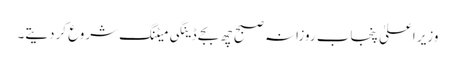
وزیر ِاعلیٰ پنجاب روزانہ صبح چھ بجے ڈینگی میٹنگ شروع کردیتے۔